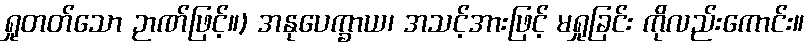
ရှုတတ်သော ဉာဏ်ဖြင့်။) အနုပေက္ခာယ၊ အသင့်အားဖြင့် မရှုခြင်း ကိုလည်းကောင်း။